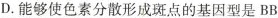
D.能够使色素分散形成斑点的基因型是BB